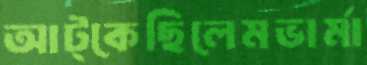
আট্‌কেছিলেমভার্মা